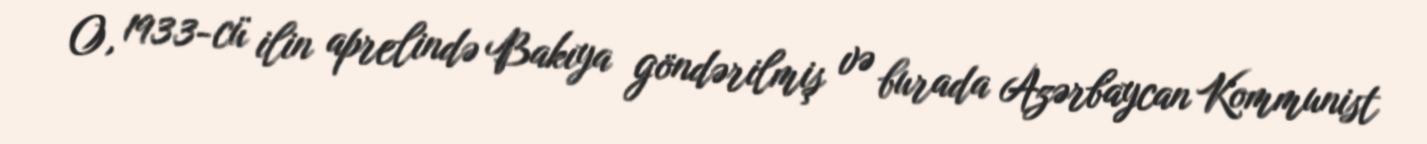
O, 1933-cü ilin aprelində Bakıya göndərilmiş və burada Azərbaycan Kommunist